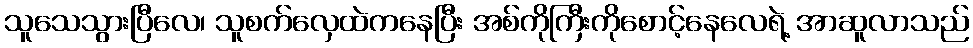
သူသေသွားပြီလေ၊ သူစက်လှေထဲကနေပြီး အစ်ကိုကြီးကိုစောင့်နေလေရဲ့ အာဆူလာသည်